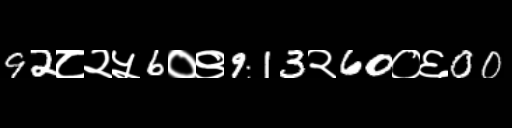
Text: 92८२५6०९913२60०६00